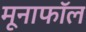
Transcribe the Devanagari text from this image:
मूनाफॉल